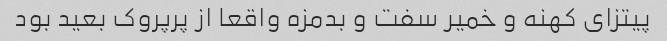
پیتزای کهنه و خمیر سفت و بدمزه واقعا از پرپروک بعید بود